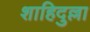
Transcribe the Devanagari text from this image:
शाहिदुल्ला